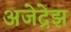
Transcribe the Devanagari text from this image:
अजेद्रेझ